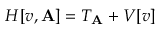
H [ v , \mathbf { A } ] = T _ { \mathbf { A } } + V [ v ]